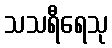
သသရီရေသု